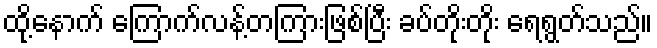
ထို့နောက် ကြောက်လန့်တကြားဖြစ်ပြီး ခပ်တိုးတိုး ရေရွတ်သည်။